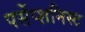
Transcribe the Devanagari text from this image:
पर्सेप्शनिस्ट